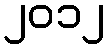
၂၀၁၂